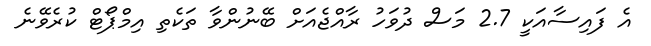
އެ ފައިސާއަކީ 2.7 މަސް ދުވަހު ރާއްޖެއަށް ބޭނުންވާ ތަކެތި އިމްޕޯޓް ކުރެވޭނެ